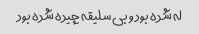
له شده بود و بی سلیقه چیده شده بود